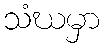
သံဃမှာ